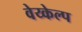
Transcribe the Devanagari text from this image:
वेय्केल्प